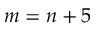
m = n + 5